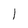
Character: 1